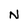
Character: N